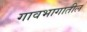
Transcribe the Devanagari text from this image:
गावभागातील